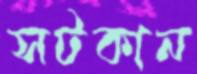
সটকান